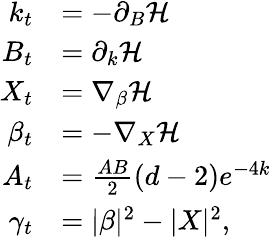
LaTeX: \begin{array}{rl}{k_{t}}&{=-\partial_{B}\mathcal{H}}\\ {B_{t}}&{=\partial_{k}\mathcal{H}}\\ {X_{t}}&{=\nabla_{\beta}\mathcal{H}}\\ {\beta_{t}}&{=-\nabla_{X}\mathcal{H}}\\ {A_{t}}&{=\frac{AB}{2}(d-2)e^{-4k}}\\ {\gamma_{t}}&{=|\beta|^{2}-|X|^{2},}\end{array}